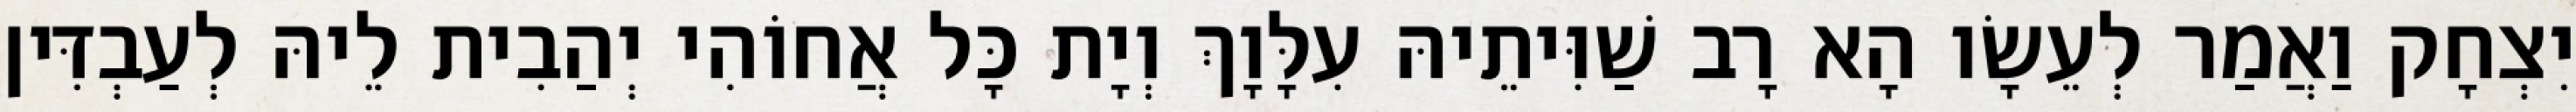
יִצְחָק וַאֲמַר לְעֵשָׂו הָא רָב שַׁוִּיתֵיהּ עִלָּוָךְ וְיָת כָּל אֲחוֹהִי יְהַבִית לֵיהּ לְעַבְדִּין